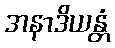
အနာဒိယန္တံ